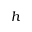
h